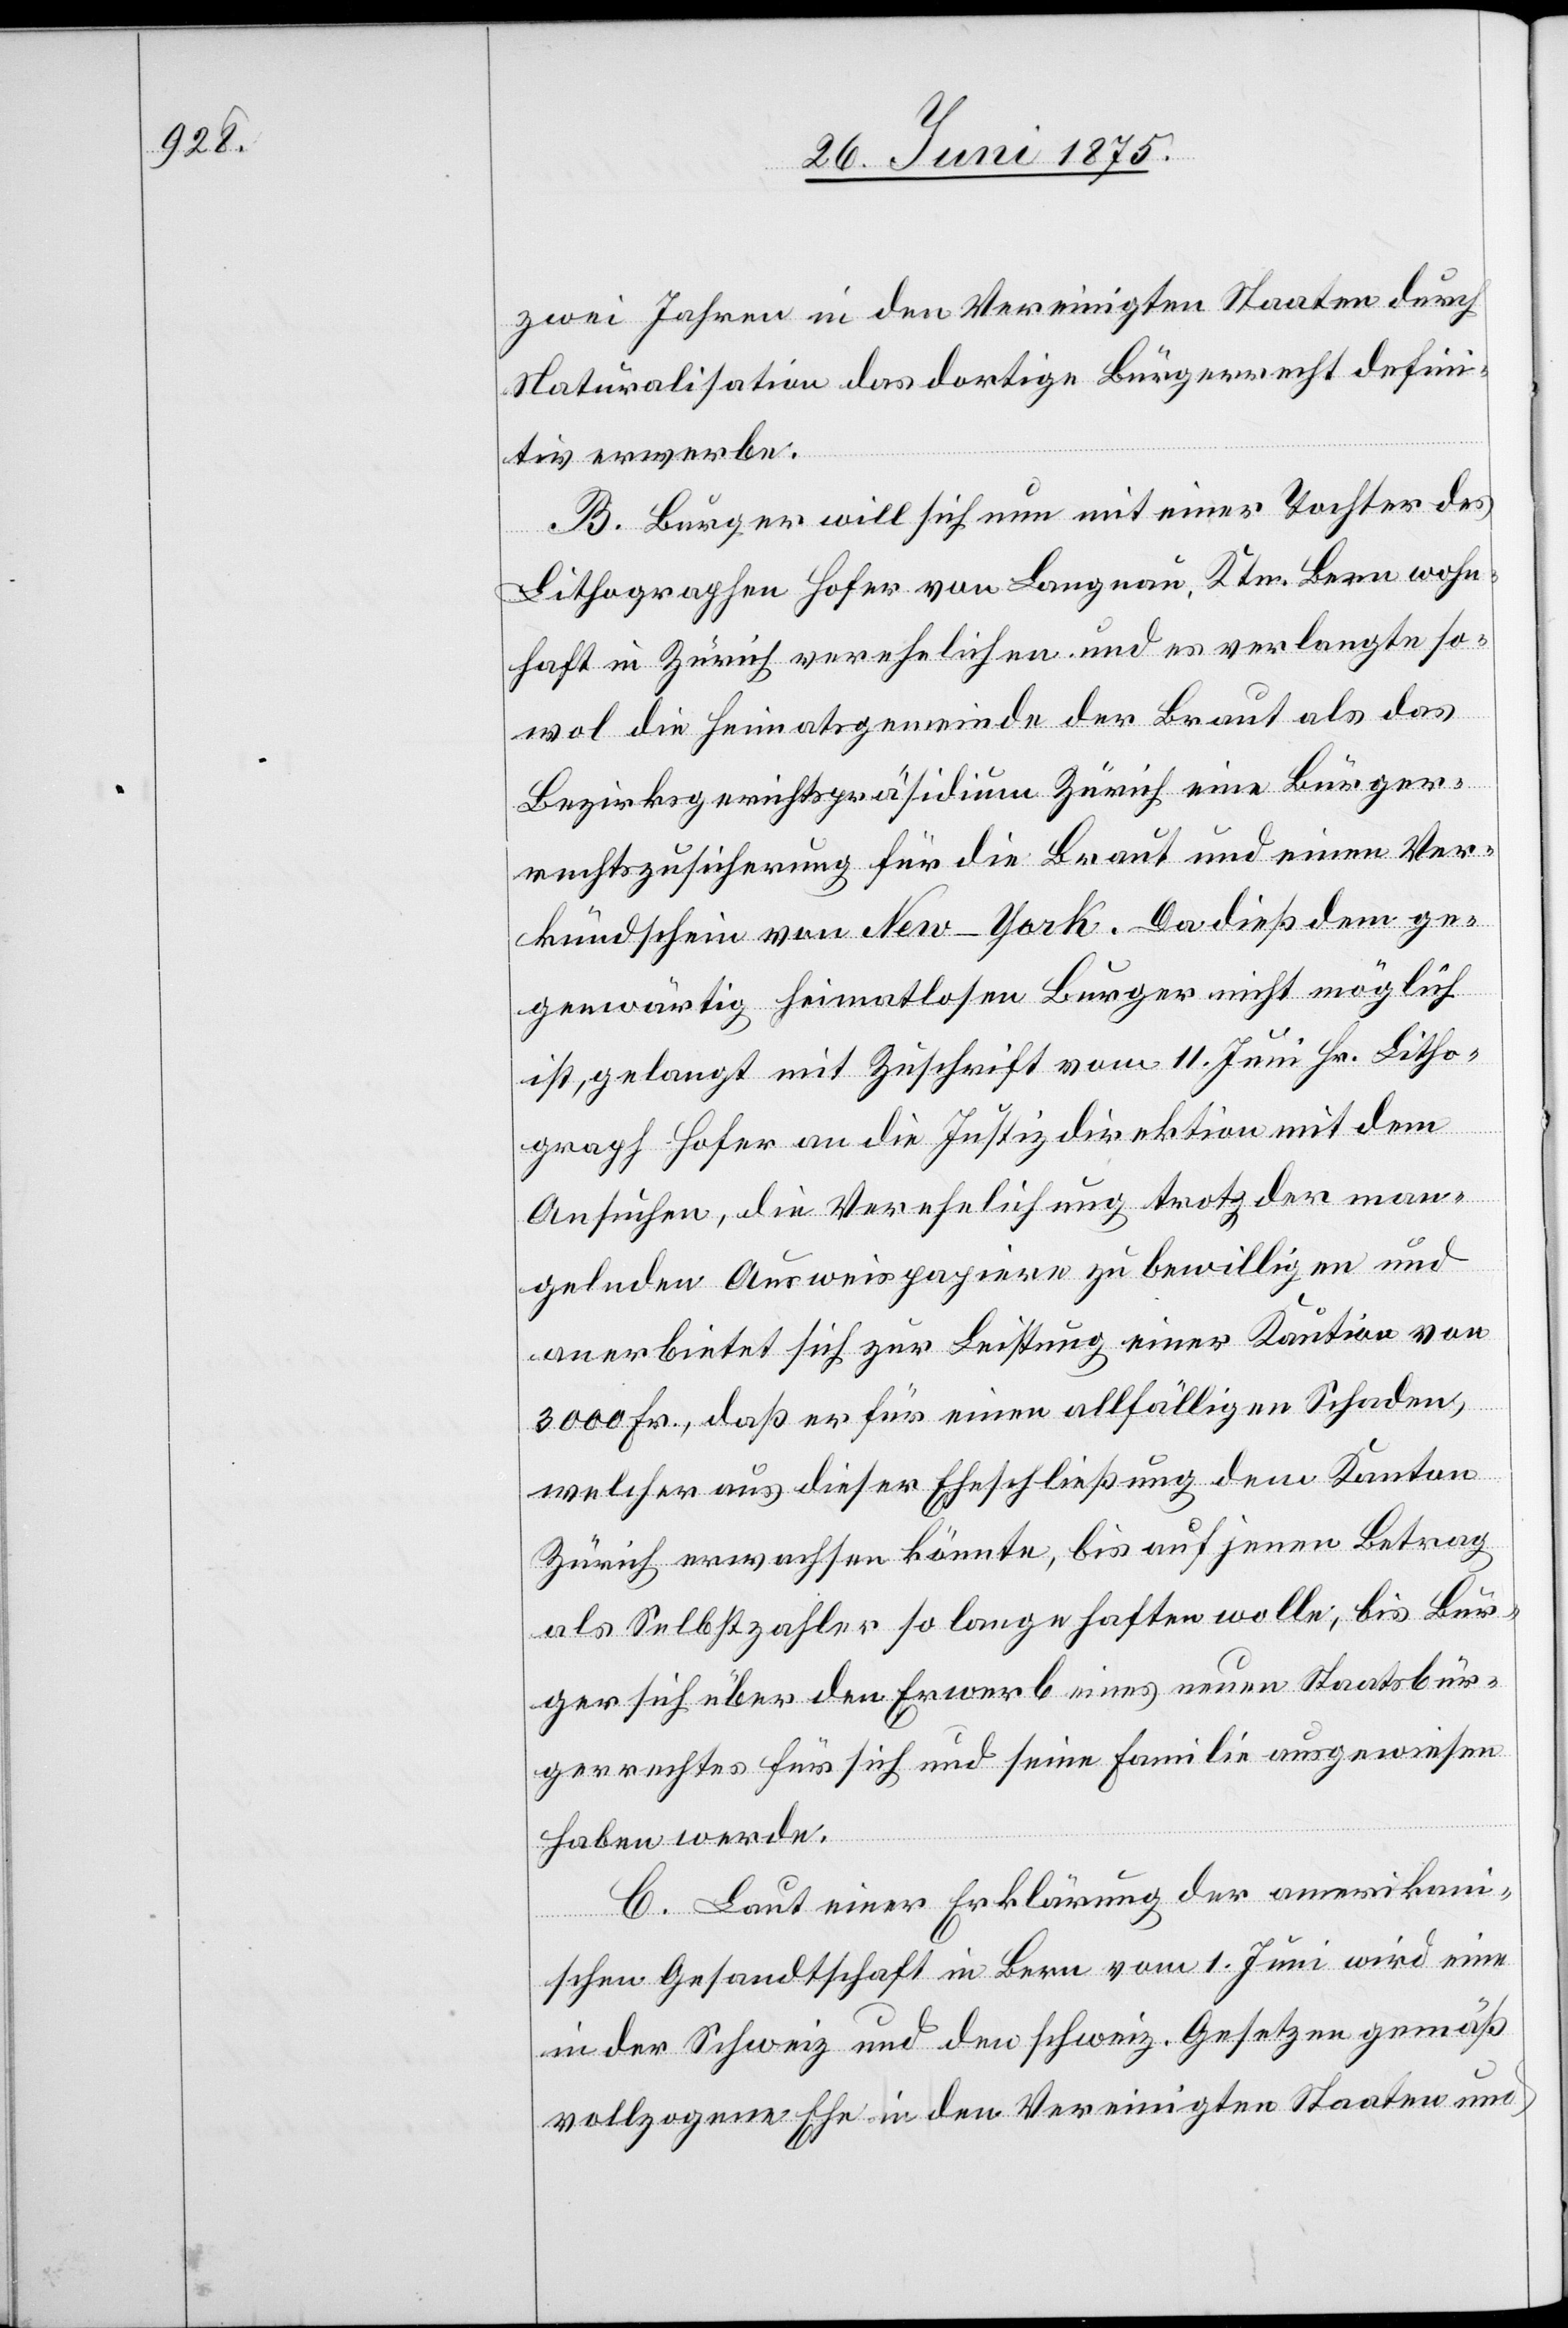
zwei Jahren in den Vereinigten Staaten durch
Naturalisation das dortige Bürgerrecht defini¬
tiv erwerbe.
B. Burger will sich nun mit einer Tochter des
Lithographen Hofer von Langnau, Ktn. Bern wohn¬
haft in Zürich verehelichen und es verlangte so¬
wol die Heimatsgemeinde der Braut als das
Bezirksgerichtspräsidium Zürich eine Bürger¬
rechtszusicherung für die Braut und einen Ver¬
kündschein von New-York. Da dieß dem ge¬
genwärtig heimatlosen Burger nicht möglich
ist, gelangt mit Zuschrift vom 11. Juni Hr. Litho¬
graph Hofer an die Justizdirektion mit dem
Ansuchen, die Verehelichung trotz der man¬
gelnden Ausweispapiere zu bewilligen und
anerbietet sich zur Leistung einer Kaution von
3000 Fr., daß er für einen allfälligen Schaden,
welcher aus dieser Eheschließung dem Kanton
Zürich erwachsen könnte, bis auf jenen Betrag
als Selbstzahler so lange haften wolle, bis Bur¬
ger sich über den Erwerb eines neuen Staatsbür¬
gerrechtes für sich und seine Familie ausgewiesen
haben werde.
C. Laut einer Erklärung der amerikan¬
ischen Gesandtschaft in Bern vom 1. Juni wird eine
in der Schweiz und den schweiz. Gesetzen gemäß
vollzogene Ehe in den Vereinigten Staaten und